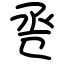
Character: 卺